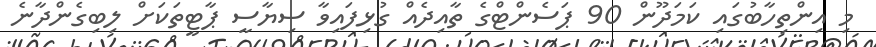
މި އިންތިހާބުގައި ކަމަދޫން 90 ޕަސެންޓްގެ ތާއިދެއް ގުޅިފައިވާ ސިޔާސީ ޕާޓީތަކަށް ލިބިގެންދާނެ